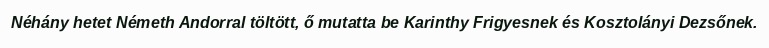
Néhány hetet Németh Andorral töltött, ő mutatta be Karinthy Frigyesnek és Kosztolányi Dezsőnek.